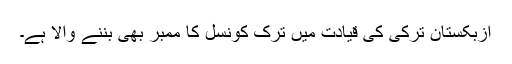
ازبکستان ترکی کی قیادت میں ترک کونسل کا ممبر بھی بننے والا ہے۔